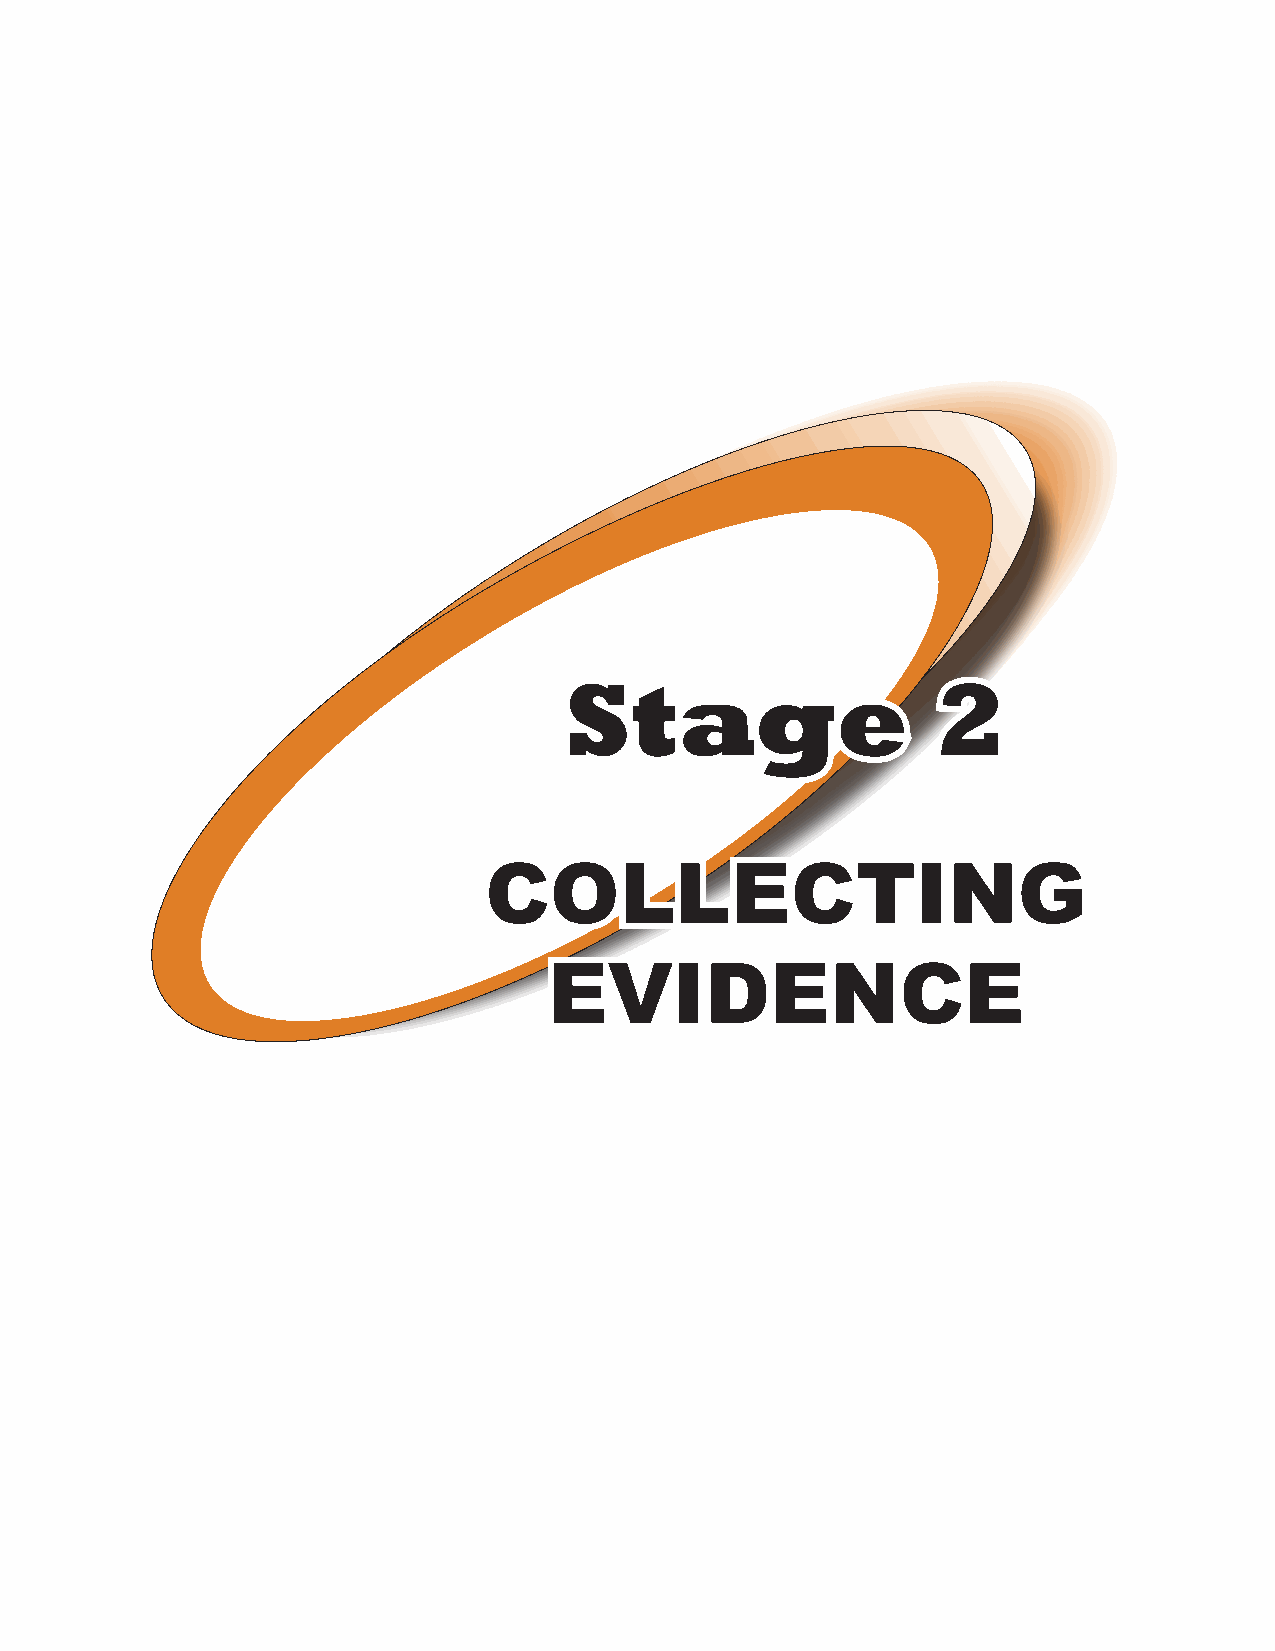
Stage                    2
 COLLECTING
 EVIDENCE